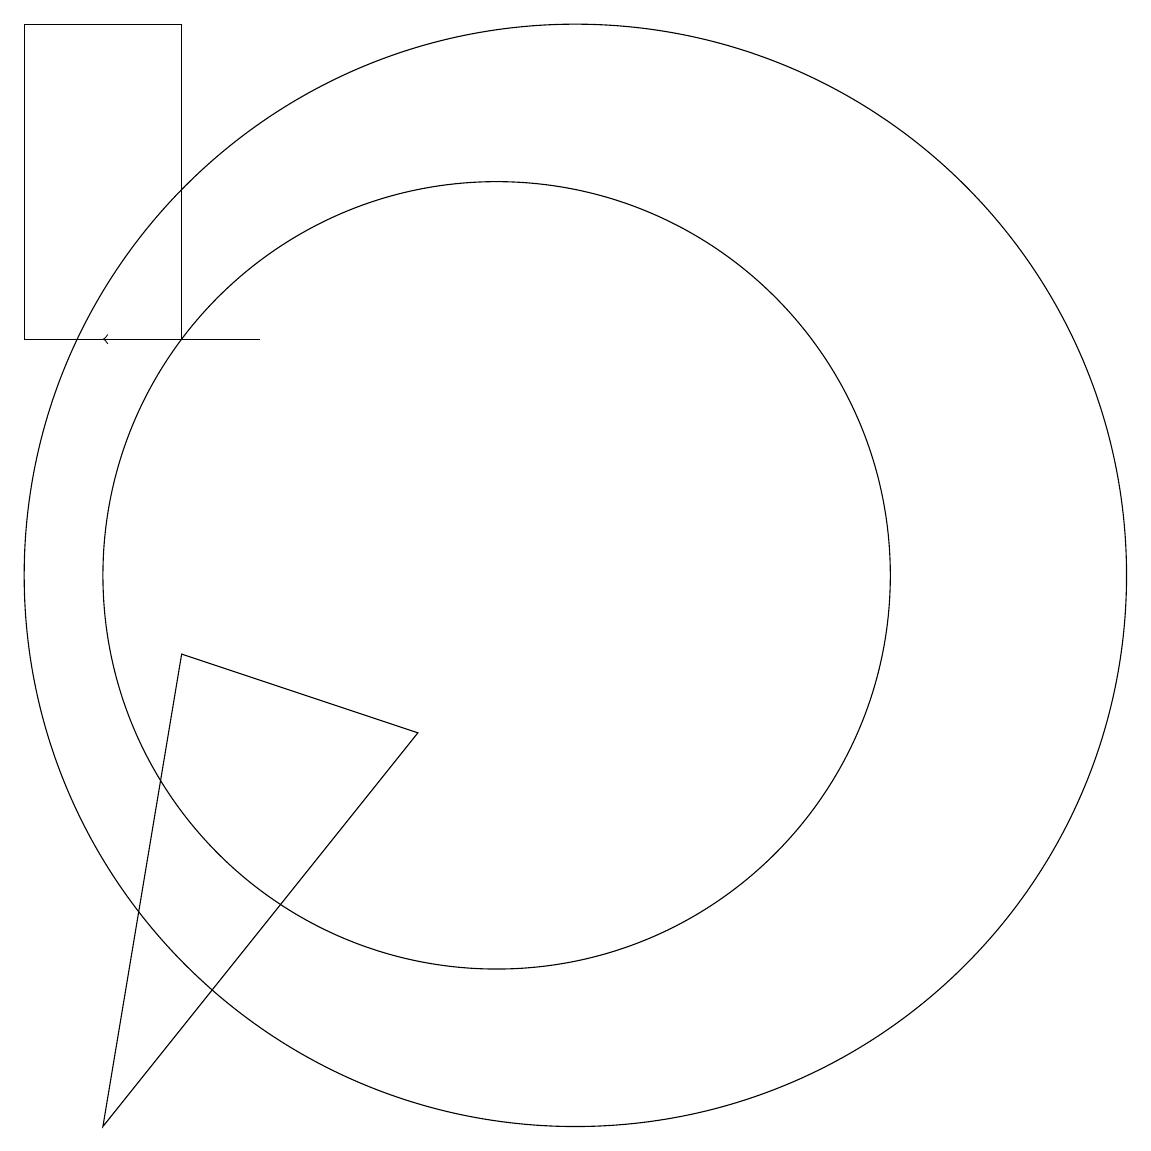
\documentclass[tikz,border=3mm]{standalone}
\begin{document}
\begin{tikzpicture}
\draw (6,17) rectangle (4,13);
\draw (5,3) -- (6,9) -- (9,8) -- cycle;
\draw (10,10) circle (5);
\draw (11,10) circle (7);
\draw[->] (7,13) -- (5,13);
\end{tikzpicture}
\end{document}